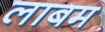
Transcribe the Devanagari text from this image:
लाबम